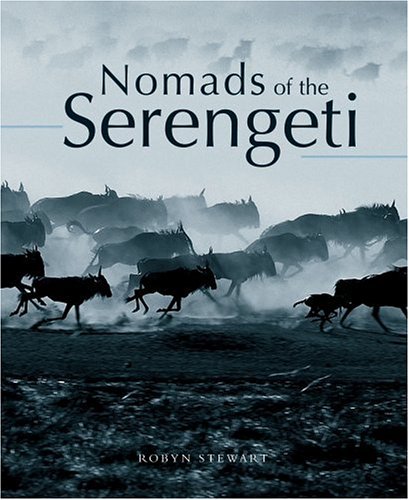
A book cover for Nomads Of The Serengeti; Robyn Stewart; Travel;